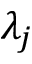
\lambda _ { j }